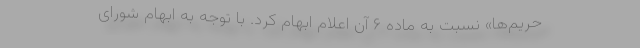
حریم‌ها» نسبت به ماده ۶ آن اعلام ابهام کرد. با توجه به ابهام شورای